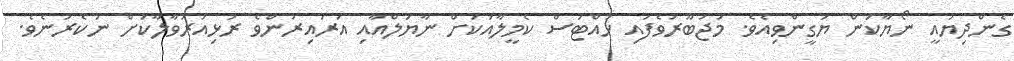
ގެންދިޔައީ ނޯޔާކަން ޔަގީންވިއެވެ. މަޖުބޫރުވެފައި ހުއްޓަސް ކެމީލާއަކަށް ނާޔަލްއާއި އަރައިރުންވެ ރުޅިއަރުވާލާކަށް ނުކެރުނެވެ.